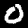
Label: 0